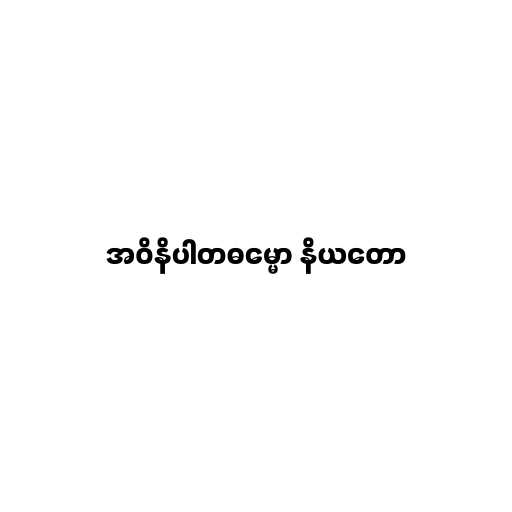
အဝိနိပါတဓမ္မော နိယတော